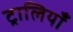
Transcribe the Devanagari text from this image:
ट्रालियाँ